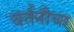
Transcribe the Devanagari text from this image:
वर्तनीचा